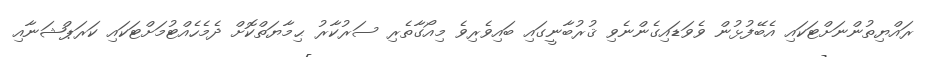
ރައްޔިތުންނަށްޓަކައި އެބޭފުޅުން ވެވަޑައިގެންނެވި ޤުރުބާނީގައި ބައިވެރިވެ މިއޯގާތެރި ސަރުކާރު ޙިމާޔަތްކޮށް ދެމެހެއްޓުމަށްޓަކައި ކަރަޕްޝަނާއި